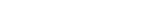
٥٧